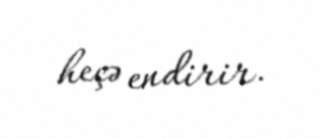
heçə endirir.